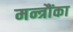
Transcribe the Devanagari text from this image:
मन्त्रौंका